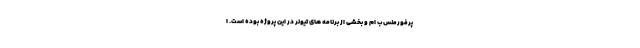
پرفورمنس ب ام و بخشی از برنامه های تیونر در این پروژه بوده است. ا